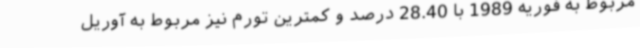
مربوط به فوریه 1989 با 28.40 درصد و کمترین تورم نیز مربوط به آوریل